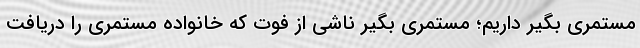
مستمری بگیر داریم؛ مستمری بگیر ناشی از فوت که خانواده مستمری را دریافت